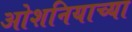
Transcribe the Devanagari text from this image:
ओशनियाच्या